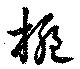
梔